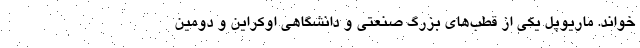
خواند. ماریوپل یکی از قطب‌های بزرگ صنعتی و دانشگاهی اوکراین و دومین